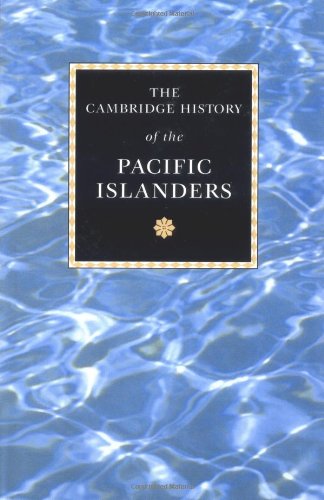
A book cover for The Cambridge History of the Pacific Islanders; Donald Denoon; History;